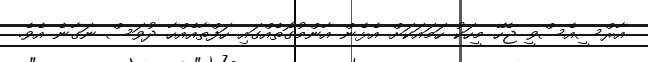
އާރްސީއެސްވީ ޖެހޭ މީހަކު ހަމައަކަށް އެޅެން އާންމުގޮތެއްގައި ހަފްތާއެއްހާ ދުވަސް ނަގާނެ އެވެ.